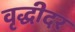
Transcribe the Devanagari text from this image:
वृद्धीदर